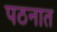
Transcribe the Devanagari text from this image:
पठनात